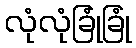
လုံလုံခြုံခြုံ